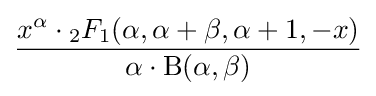
{\frac {x^{\alpha }\cdot {}_{2}F_{1}(\alpha ,\alpha +\beta ,\alpha +1,-x)}{\alpha \cdot \mathrm {B} (\alpha ,\beta )}}